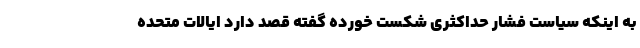
به اینکه سیاست فشار حداکثری شکست خورده گفته قصد دارد ایالات متحده